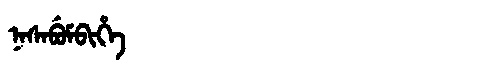
Manchu: ᠨᠠᠰᠠᠪᡠᠮᠪᡳᡥᡝ
Romanization: NASABUMBIHE